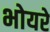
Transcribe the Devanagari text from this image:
भोयरे